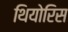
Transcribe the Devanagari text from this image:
थियोरिस